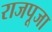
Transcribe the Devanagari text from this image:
राजपूजा